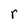
Character: r